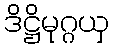
ဒိဋ္ဌိမုဂ္ဂယှ